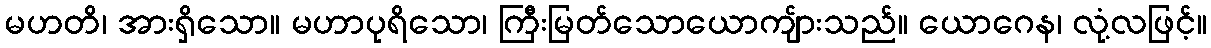
မဟတိ၊ အားရှိသော။ မဟာပုရိသော၊ ကြီးမြတ်သောယောကျ်ားသည်။ ယောဂေန၊ လုံ့လဖြင့်။